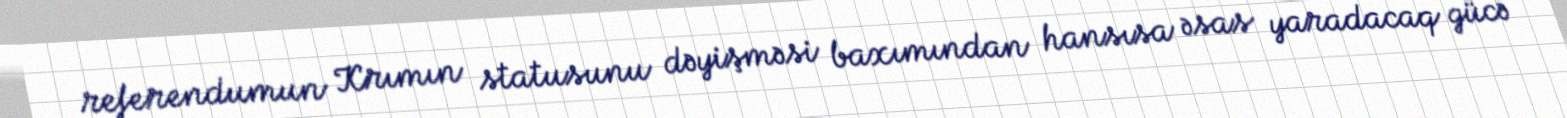
referendumun Krımın statusunu dəyişməsi baxımından hansısa əsas yaradacaq gücə